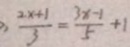
3 \frac { 2 x + 1 } { 3 } = \frac { 3 x - 1 } { 5 } + 1